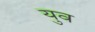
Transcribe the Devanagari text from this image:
युव